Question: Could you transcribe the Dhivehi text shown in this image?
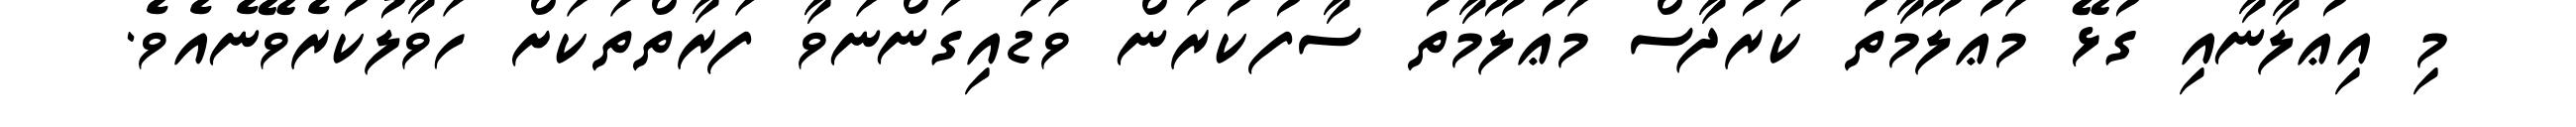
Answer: މި އިޢުލާނާއި ގުޅޭ މަޢުލޫމާތު ކަރުދާސް މަޢުލޫމާތު ސާފުކުރަން ވަޑައިގަންނަވާ ފަރާތްތަކަށް ހަވާލުކުރެވޭނެއެވެ.